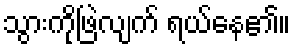
သွားကိုဖြဲလျက် ရယ်နေ၏။